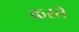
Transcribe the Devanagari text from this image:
करते